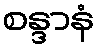
စန္ဒာနံ